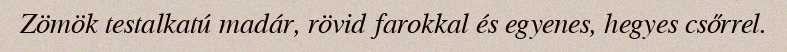
Zömök testalkatú madár, rövid farokkal és egyenes, hegyes csőrrel.